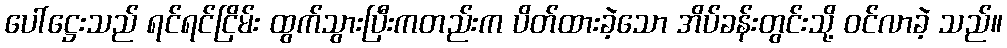
ပေါ်ဋ္ဌေးသည် ရင်ရင်ငြိမ်း ထွက်သွားပြီးကတည်းက ပိတ်ထားခဲ့သော အိပ်ခန်းတွင်းသို့ ဝင်လာခဲ့ သည်။